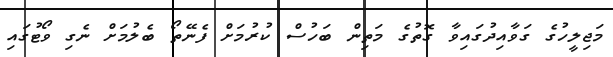
މަޖިލީހުގެ ގަވާއިދުގައިވާ ގޮތުގެ މަތިން ބަހުސް ކުރުމަށް ފެނޭތޯ ބެލުމަށް ނެގި ވޯޓުގައި